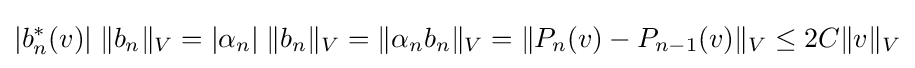
|b_{n}^{*}(v)|\;\|b_{n}\|_{V}=|\alpha _{n}|\;\|b_{n}\|_{V}=\|\alpha _{n}b_{n}\|_{V}=\|P_{n}(v)-P_{n-1}(v)\|_{V}\leq 2C\|v\|_{V}